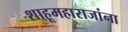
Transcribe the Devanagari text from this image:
शाहूमहाराजांना